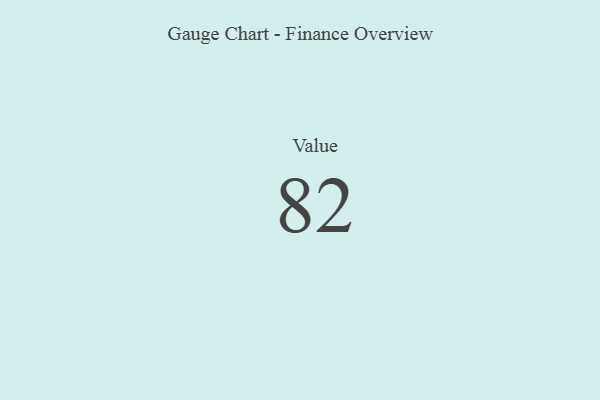
{"axis": {"x": "Metric", "y": "Value"}, "legend": [""], "data": [{"x": "Value", "y": 82, "type": ""}]}